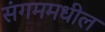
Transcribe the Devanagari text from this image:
संगममधील